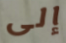
إلى